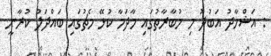
: އަޝްހާދު އަބުދު މި މުބާރާތުގައި މާދަމާ ކުޅޭ މެޗުގައި ބައްދަލު ކުރާނީ